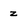
Character: z